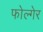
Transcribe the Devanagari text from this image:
फोल्गेर